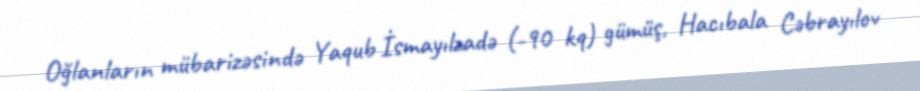
Oğlanların mübarizəsində Yaqub İsmayılzadə (-90 kq) gümüş, Hacıbala Cəbrayılov